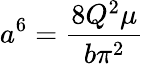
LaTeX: a^{6}=\frac{8Q^{2}\mu}{b\pi^{2}}